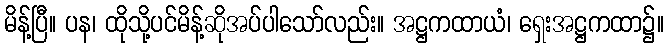
မိန့်ပြီ။ ပန၊ ထိုသို့ပင်မိန့်ဆိုအပ်ပါသော်လည်း။ အဋ္ဌကထာယံ၊ ရှေးအဋ္ဌကထာ၌။